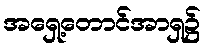
အရှေ့တောင်အာရှ၌